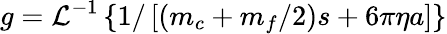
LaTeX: g=\mathcal{L}^{-1}\left\{ 1/\left[\left(m_{c}+m_{f}/2\right)s+6\pi\eta a\right]\right\}